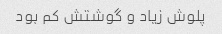
پلوش زیاد و گوشتش کم بود